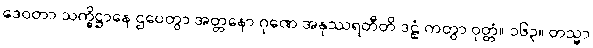
ဒေဝတာ သက္ခိဋ္ဌာနေ ဌပေတွာ အတ္တနော ဂုဏေ အနုဿရတီတိ ဒဠှံ ကတွာ ဝုတ္တံ။ ၁၆၃။ တသ္မာ